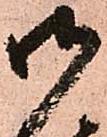
御